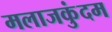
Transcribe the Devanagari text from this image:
मलाजकुंदम